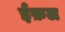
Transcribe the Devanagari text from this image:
ईफ़ल